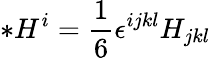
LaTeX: {\ast}H^{i}=\frac{1}{6}\epsilon^{ijkl}H_{jkl}